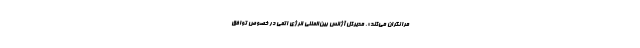
مرا نگران می‌کند». مدیرکل آژانس بین‌المللی انرژی اتمی در خصوص توافق